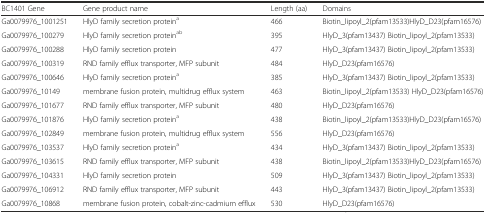
<table><thead><tr><td><b>BC1401 Gene</b></td><td><b>Gene product name</b></td><td><b>Length (aa)</b></td><td><b>Domains</b></td></tr></thead><tbody><tr><td>Ga0079976_1001251</td><td>HlyD family secretion protein<sup>a</sup></td><td>466</td><td>Biotin_lipoyl_2(pfam13533)HlyD_D23(pfam16576)</td></tr><tr><td>Ga0079976_100279</td><td>HlyD family secretion protein<sup>ab</sup></td><td>395</td><td>HlyD_3(pfam13437) Biotin_lipoyl_2(pfam13533)</td></tr><tr><td>Ga0079976_100288</td><td>HlyD family secretion protein</td><td>477</td><td>HlyD_3(pfam13437) Biotin_lipoyl_2(pfam13533)</td></tr><tr><td>Ga0079976_100319</td><td>RND family efflux transporter, MFP subunit</td><td>484</td><td>HlyD_D23(pfam16576)</td></tr><tr><td>Ga0079976_100646</td><td>HlyD family secretion protein<sup>a</sup></td><td>385</td><td>HlyD_3(pfam13437) Biotin_lipoyl_2(pfam13533)</td></tr><tr><td>Ga0079976_10149</td><td>membrane fusion protein, multidrug efflux system</td><td>463</td><td>Biotin_lipoyl_2(pfam13533) HlyD_D23(pfam16576)</td></tr><tr><td>Ga0079976_101677</td><td>RND family efflux transporter, MFP subunit</td><td>480</td><td>HlyD_D23(pfam16576)</td></tr><tr><td>Ga0079976_101876</td><td>HlyD family secretion protein<sup>a</sup></td><td>438</td><td>Biotin_lipoyl_2(pfam13533)HlyD_D23(pfam16576)</td></tr><tr><td>Ga0079976_102849</td><td>membrane fusion protein, multidrug efflux system</td><td>556</td><td>HlyD_D23(pfam16576)</td></tr><tr><td>Ga0079976_103537</td><td>HlyD family secretion protein<sup>a</sup></td><td>434</td><td>HlyD_3(pfam13437) Biotin_lipoyl_2(pfam13533)</td></tr><tr><td>Ga0079976_103615</td><td>RND family efflux transporter, MFP subunit</td><td>438</td><td>Biotin_lipoyl_2(pfam13533)HlyD_D23(pfam16576)</td></tr><tr><td>Ga0079976_104331</td><td>HlyD family secretion protein</td><td>509</td><td>HlyD_3(pfam13437) Biotin_lipoyl_2(pfam13533)</td></tr><tr><td>Ga0079976_106912</td><td>RND family efflux transporter, MFP subunit</td><td>443</td><td>HlyD_3(pfam13437) Biotin_lipoyl_2(pfam13533)</td></tr><tr><td>Ga0079976_10868</td><td>membrane fusion protein, cobalt-zinc-cadmium efflux</td><td>530</td><td>HlyD_D23(pfam16576)</td></tr></tbody></table>